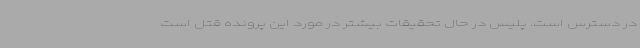
در دسترس است. پلیس در حال تحقیقات بیشتر در مورد این پرونده قتل است